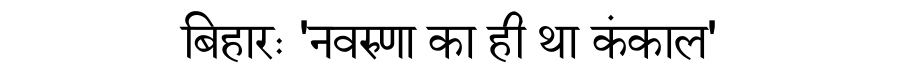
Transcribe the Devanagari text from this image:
बिहारः 'नवरुणा का ही था कंकाल'